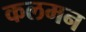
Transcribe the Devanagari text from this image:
कलमन